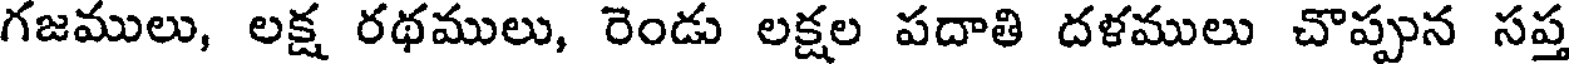
గజములు, లక్ష రథములు, రెండు లక్షల పదాతి దళములు చొప్పున సప్త